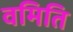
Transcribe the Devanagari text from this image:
वमिति